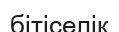
бітіселік